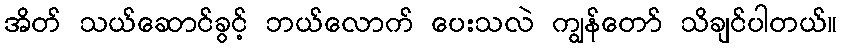
အိတ် သယ်ဆောင်ခွင့် ဘယ်လောက် ပေးသလဲ ကျွန်တော် သိချင်ပါတယ်။